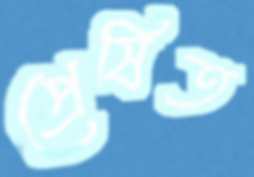
প্রেষিত